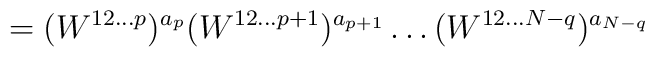
=(W^{12\ldots p})^{a_p}(W^{12\ldots p+1})^{a_{p+1}}\ldots (W^{12\ldots N-q})^{a_{N-q}}